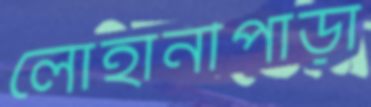
লোহানীপাড়া